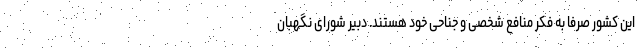
این کشور صرفاً به فکر منافع شخصی و جناحی خود هستند. دبیر شورای نگهبان